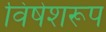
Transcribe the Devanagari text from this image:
विषेशरूप